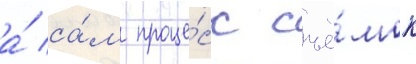
а́ са́м проце́сс съё́мок